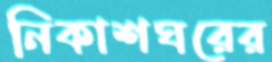
নিকাশঘরের